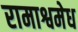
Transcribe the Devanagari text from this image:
रामाश्वमेध